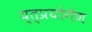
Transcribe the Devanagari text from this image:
य्त्प्रयोगेण